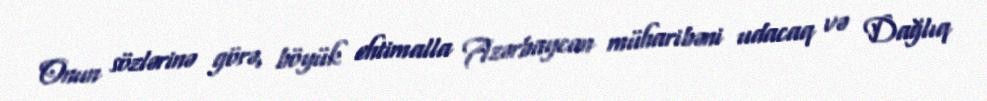
Onun sözlərinə görə, böyük ehtimalla Azərbaycan müharibəni udacaq və Dağlıq